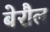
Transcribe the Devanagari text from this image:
बेरौल